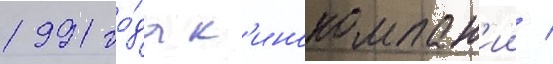
1991 го́да к'инокомпан'ии /